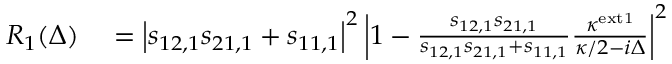
\begin{array} { r l } { R _ { 1 } ( \Delta ) } & { { } = \left| s _ { 1 2 , 1 } s _ { 2 1 , 1 } + s _ { 1 1 , 1 } \right| ^ { 2 } \left| 1 - \frac { s _ { 1 2 , 1 } s _ { 2 1 , 1 } } { s _ { 1 2 , 1 } s _ { 2 1 , 1 } + s _ { 1 1 , 1 } } \frac { \kappa ^ { \mathrm { e x t 1 } } } { \kappa / 2 - i \Delta } \right| ^ { 2 } } \end{array}